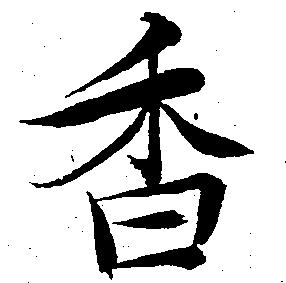
香